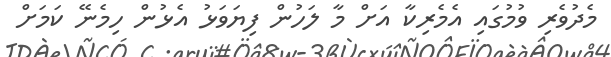
މެދުވެރި ވުމުގައި އެމެރިކާ އަށް މާ ލަހުން ފިޔަވަޅު އެޅުން ހިމެނޭ ކަމަށް